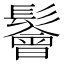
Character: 鬠